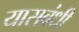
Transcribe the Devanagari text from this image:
यासबंधी